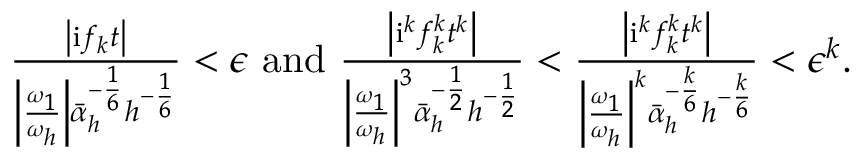
\begin{array} { r l r } & { } & { \frac { \left| \mathrm { i } f _ { k } t \right| } { \left| \frac { \omega _ { 1 } } { \omega _ { h } } \right| \bar { \alpha } _ { h } ^ { - \frac { 1 } { 6 } } h ^ { - \frac { 1 } { 6 } } } < \epsilon \mathrm { ~ a n d ~ } \frac { \left| \mathrm { i } ^ { k } f _ { k } ^ { k } t ^ { k } \right| } { \left| \frac { \omega _ { 1 } } { \omega _ { h } } \right| ^ { 3 } \bar { \alpha } _ { h } ^ { - \frac { 1 } { 2 } } h ^ { - \frac { 1 } { 2 } } } < \frac { \left| \mathrm { i } ^ { k } f _ { k } ^ { k } t ^ { k } \right| } { \left| \frac { \omega _ { 1 } } { \omega _ { h } } \right| ^ { k } \bar { \alpha } _ { h } ^ { - \frac { k } { 6 } } h ^ { - \frac { k } { 6 } } } < \epsilon ^ { k } . } \end{array}